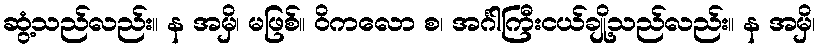
ဆွံ့သည်လည်း။ န အမှိ၊ မဖြစ်။ ဝိကလော စ၊ အင်္ဂါကြီးငယ်ချို့သည်လည်း။ န အမှိ၊